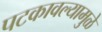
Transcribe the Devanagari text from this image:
पटकावल्यामुळे